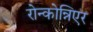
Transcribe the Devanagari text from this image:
रोन्कोन्निएर